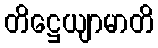
တိဋ္ဌေယျာမာတိ